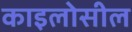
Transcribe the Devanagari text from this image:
काइलोसील